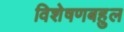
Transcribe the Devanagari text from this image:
विशेषणबहुल